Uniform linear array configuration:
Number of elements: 4
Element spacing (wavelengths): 0.25
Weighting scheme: uniform
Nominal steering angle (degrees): -60
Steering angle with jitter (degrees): -58.922
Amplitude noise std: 0.05
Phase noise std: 0.05

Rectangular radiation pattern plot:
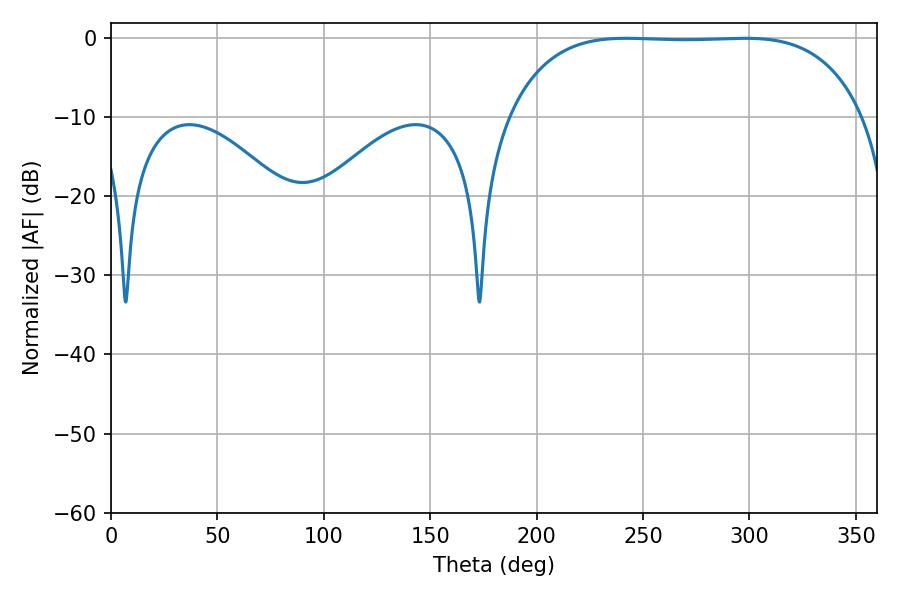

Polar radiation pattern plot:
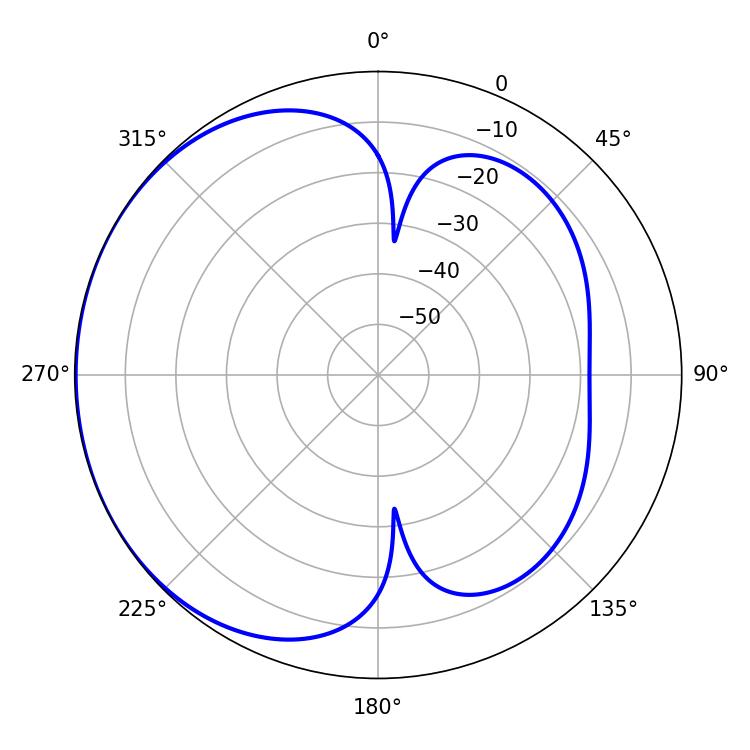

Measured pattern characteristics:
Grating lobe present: FALSE
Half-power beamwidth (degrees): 129.6
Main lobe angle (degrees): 242.28